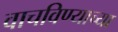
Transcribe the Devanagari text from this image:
वाचविण्याच्या